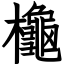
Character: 櫷